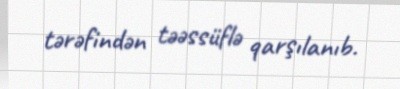
tərəfindən təəssüflə qarşılanıb.